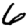
Digit: 6